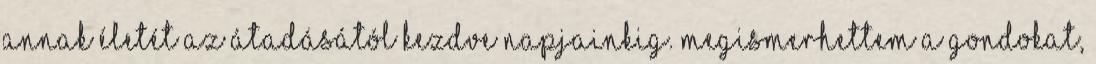
annak életét az átadásától kezdve napjainkig. Megismerhettem a gondokat,